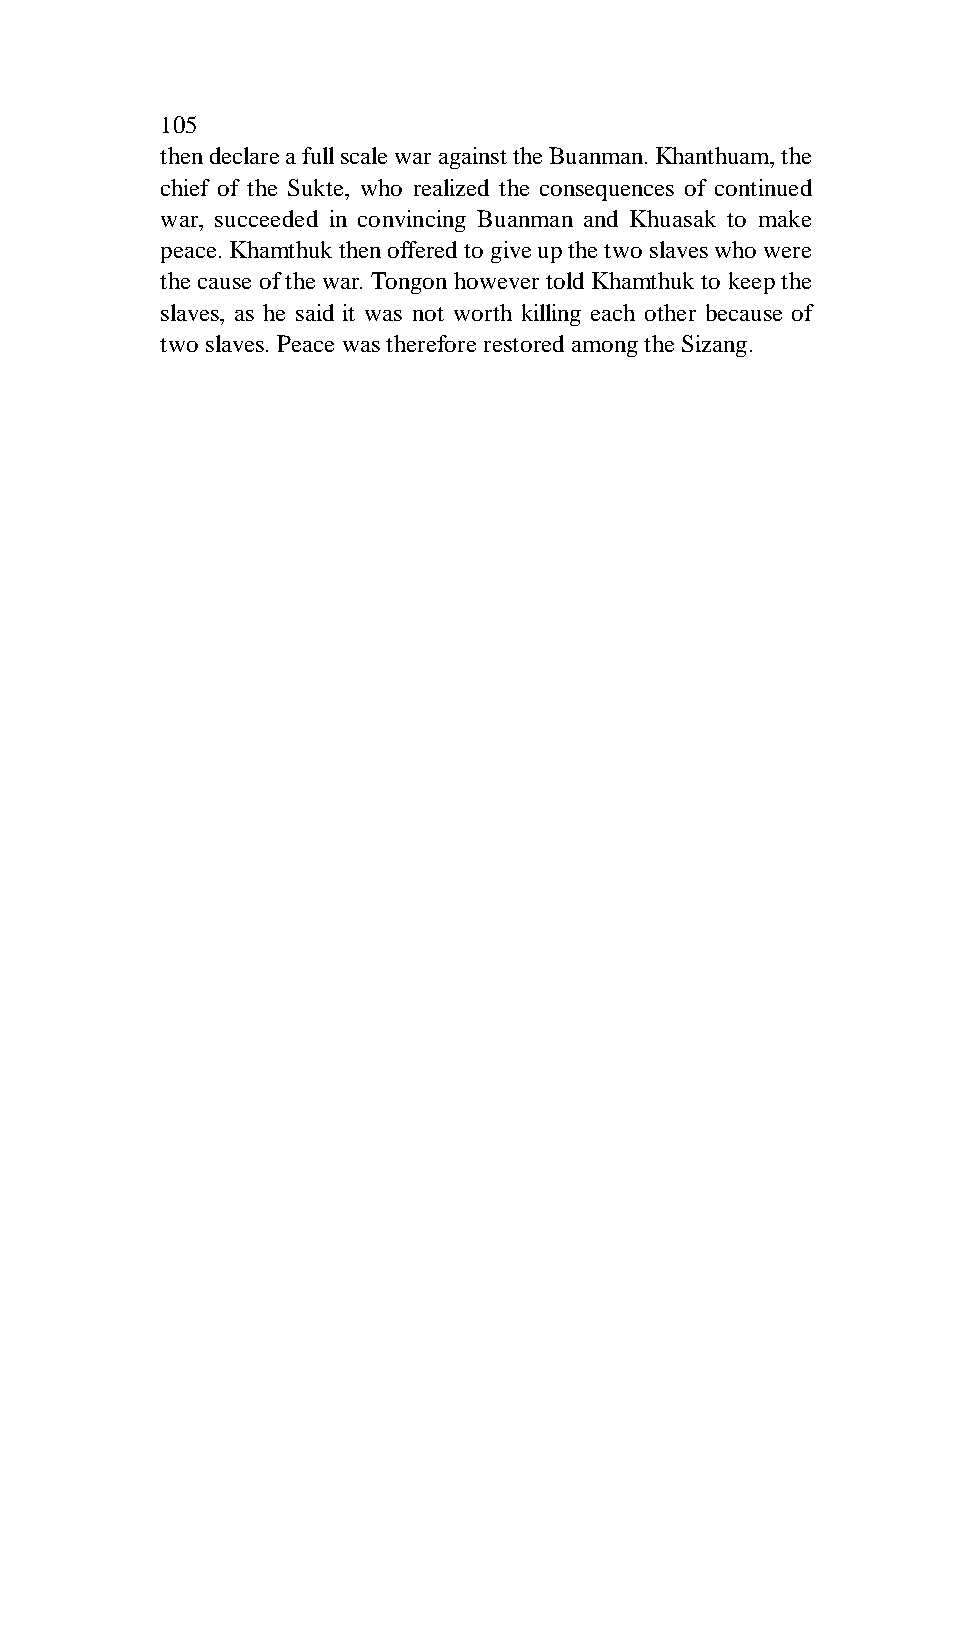
105
 then declare a full scale war against the Buanman. Khanthuam, the
 chief of the Sukte, who realized the consequences of continued
 war, succeeded in convincing Buanman and Khuasak to make
 peace. Khamthuk then offered to give up the two slaves who were
 the cause of the war. Tongon however told Khamthuk to keep the
 slaves, as he said it was not worth killing each other because of
 two slaves. Peace was therefore restored among the Sizang.